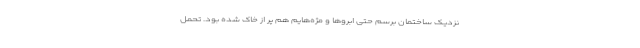
نزدیک ساختمان برسم حتی ابروها و مژه‌هایم هم پر از خاک شده بود. تحمل